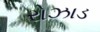
રોઝાડ